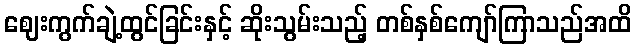
ဈေးကွက်ချဲ့ထွင်ခြင်းနှင့် ဆိုးသွမ်းသည့် တစ်နှစ်ကျော်ကြာသည်အထိ